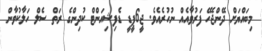
މިބައްޔަށް ދޭންޖެހޭ ފަރުވާއެއް ނުހުރެއެވެ. ޖީ6ޕީޑީ ޑެފިޝިއަންޓް ކުދިންގެ ރަތް ސެލް ހަލާކުވާން